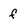
Character: f